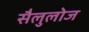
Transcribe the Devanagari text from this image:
सैलुलोज